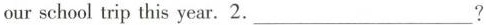
our school trip this year.2.___?